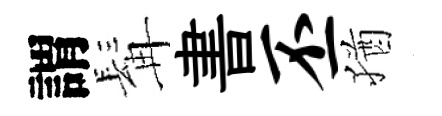
謂髯書丕猶